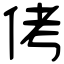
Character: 侤